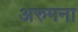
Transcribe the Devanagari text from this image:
अरुमना